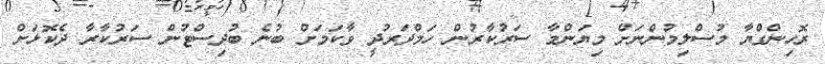
ރޮހިންގްޔާ މުސްލިމުންނަށް މިޔަންމާ ސަރުކާރުން ހަމްދަރުދީ ވާކަމަށް ބުނެ ބުދިސްޓުން ސަރުކާރާ ދެކޮޅަށް